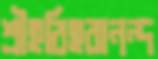
শ্রীহরিহরানন্দ